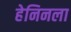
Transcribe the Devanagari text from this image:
हेनिनला